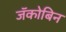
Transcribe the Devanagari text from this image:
जॅकोबिन